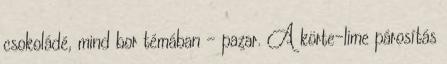
csokoládé, mind bor témában - pazar. A körte-lime párosítás